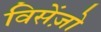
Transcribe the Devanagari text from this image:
विसेंज़ो